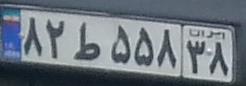
۸۲ط۵۵۸۳۸